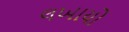
લખાયો